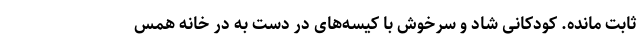
ثابت مانده. کودکانی شاد و سرخوش با کیسه‌های در دست به در خانه همس